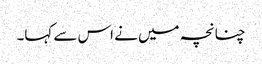
چنانچہ میں نے اس سے کہا۔